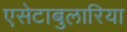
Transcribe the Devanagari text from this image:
एसेटाबुलारिया